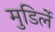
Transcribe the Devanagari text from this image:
मुडिर्ले